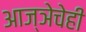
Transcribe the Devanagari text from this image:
आज्ञेचेही